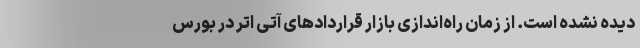
دیده نشده است. از زمان راه‌اندازی بازار قراردادهای آتی اتر در بورس